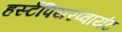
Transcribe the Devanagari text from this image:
हर्स्टपियरप्वायंट